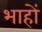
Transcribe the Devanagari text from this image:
भाहों